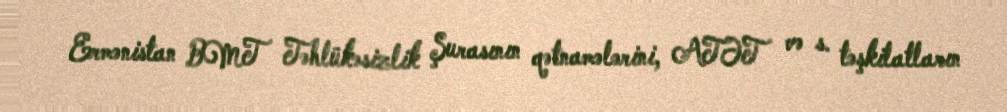
Ermənistan BMT Təhlükəsizlik Şurasının qətnamələrini, ATƏT və s. təşkilatların